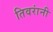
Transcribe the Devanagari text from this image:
तिवरांनी